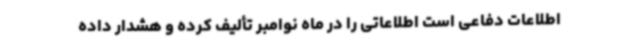
اطلاعات دفاعی است اطلاعاتی را در ماه نوامبر تألیف کرده و هشدار داده